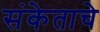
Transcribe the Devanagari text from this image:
संकेताचे